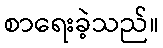
စာရေးခဲ့သည်။